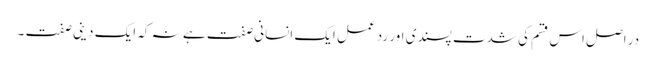
در اصل اس قسم کی شدت پسندی اور رد عمل ایک انسانی صفت ہے نہ کہ ایک دینی صفت ۔